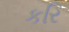
કરિ